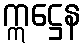
ဣဋ္ဌေန